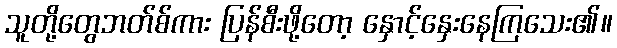
သူတို့တွေဘတ်စ်ကား ပြန်စီးဖို့တော့ နှောင့်နှေးနေကြသေး၏။